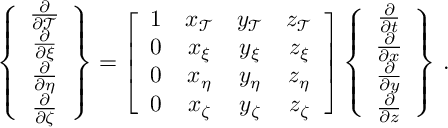
\left\{ \begin{array} { c } { \frac { \partial } { \partial \mathcal { T } } } \\ { \frac { \partial } { \partial \xi } } \\ { \frac { \partial } { \partial \eta } } \\ { \frac { \partial } { \partial \zeta } } \end{array} \right\} = \left[ \begin{array} { c c c c } { 1 } & { x _ { \mathcal { T } } } & { y _ { \mathcal { T } } } & { z _ { \mathcal { T } } } \\ { 0 } & { x _ { \xi } } & { y _ { \xi } } & { z _ { \xi } } \\ { 0 } & { x _ { \eta } } & { y _ { \eta } } & { z _ { \eta } } \\ { 0 } & { x _ { \zeta } } & { y _ { \zeta } } & { z _ { \zeta } } \end{array} \right] \left\{ \begin{array} { c } { \frac { \partial } { \partial t } } \\ { \frac { \partial } { \partial x } } \\ { \frac { \partial } { \partial y } } \\ { \frac { \partial } { \partial z } } \end{array} \right\} \, \mathrm { . }